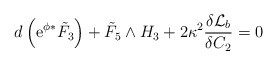
\begin{align*}d \left({\rm e}^{\phi} {}^* {\tilde{F}}_3 \right) + {\tilde{F}}_5\wedge H_3 + 2 \kappa^2 \frac{\delta {\cal{L}}_b}{\delta C_2}=0\end{align*}